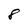
Character: 8